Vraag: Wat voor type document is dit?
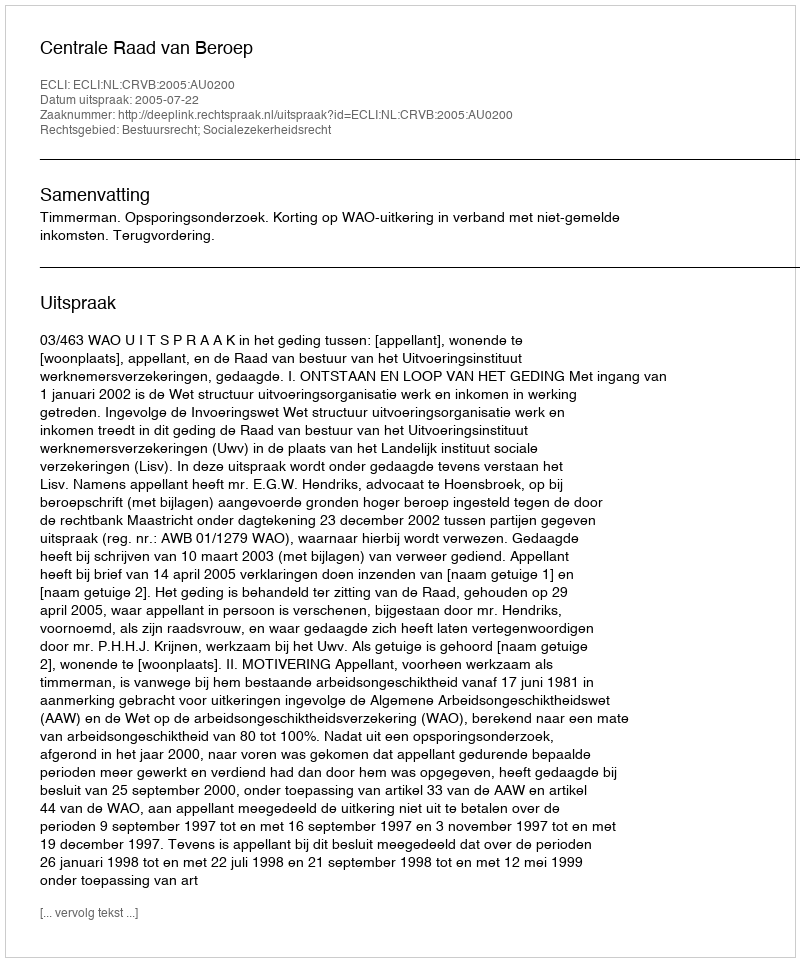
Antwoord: Uitspraak